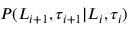
P ( L _ { i + 1 } , \tau _ { i + 1 } | L _ { i } , \tau _ { i } )